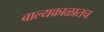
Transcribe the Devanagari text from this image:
बाल्यकाळातच